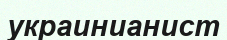
украинианист